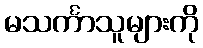
မသင်္ကာသူများကို